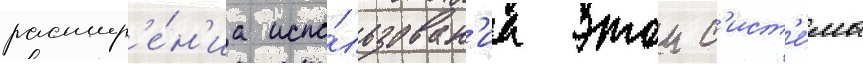
расшир'е́н'иа испо́льзован'иа этои с'ист'е́мы